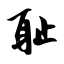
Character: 耻